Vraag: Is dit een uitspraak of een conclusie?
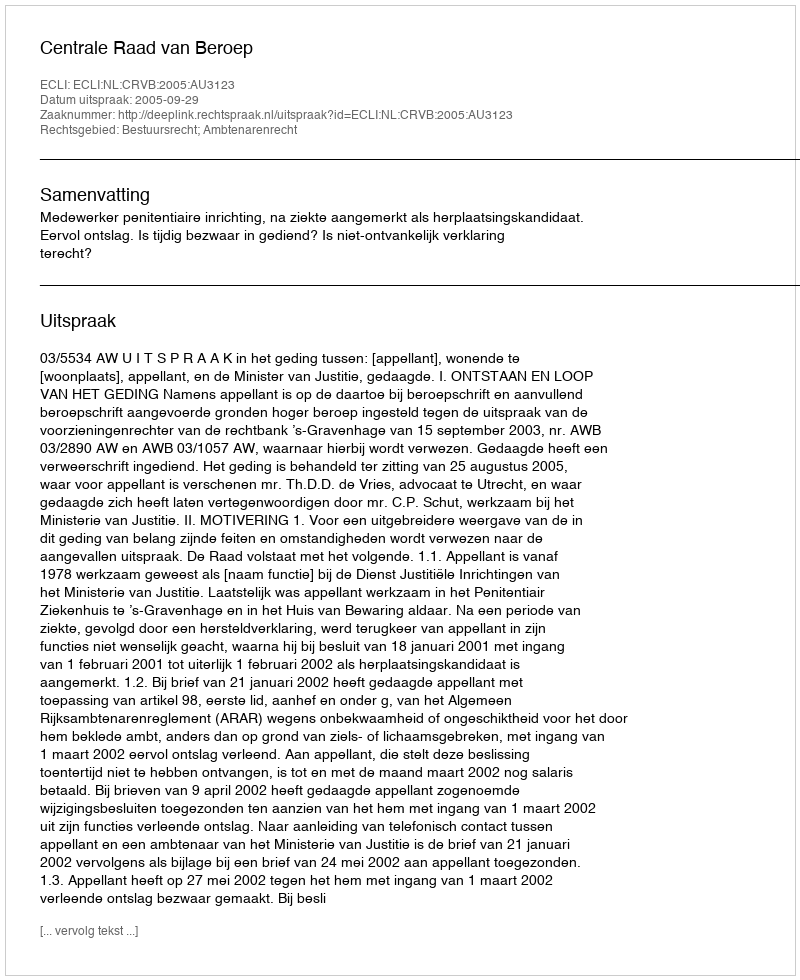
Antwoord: Uitspraak